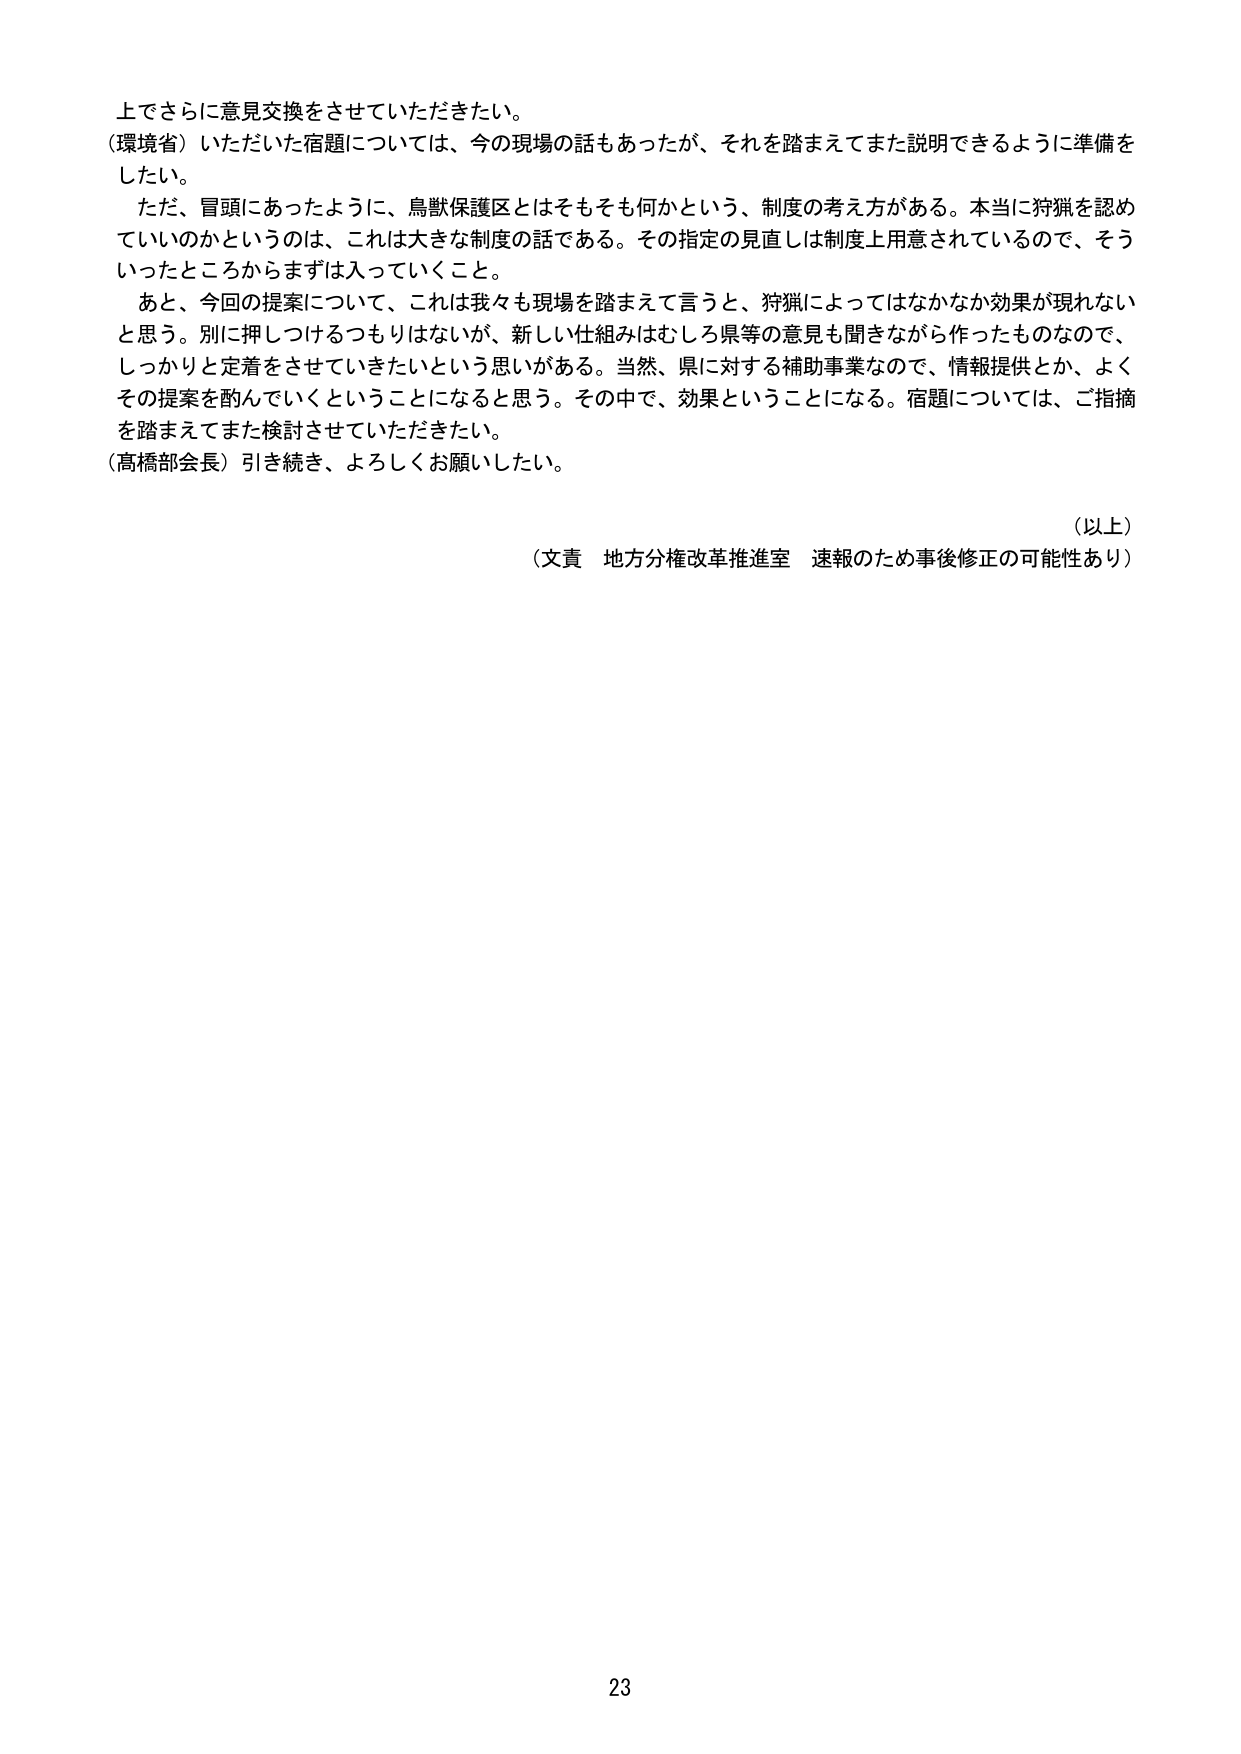
上でさらに意見交換をさせていただきたい。
（環境省）いただいた宿題については、今の現場の話もあったが、それを踏まえてまた説明できるように準備を
したい。
　ただ、冒頭にあったように、鳥獣保護区とはそもそも何かという、制度の考え方がある。本当に狩猟を認め
ていいのかというのは、これは大きな制度の話である。その指定の見直しは制度上用意されているので、そう
いったところからまずは入っていくこと。
　あと、今回の提案について、これは我々も現場を踏まえて言うと、狩猟によってはなかなか効果が現れない
と思う。別に押しつけるつもりはないが、新しい仕組みはむしろ県等の意見も聞きながら作ったものなので、
しっかりと定着をさせていきたいという思いがある。当然、県に対する補助事業なので、情報提供とか、よく
その提案を酌んでいくということになると思う。その中で、効果ということになる。宿題については、ご指摘
を踏まえてまた検討させていただきたい。
（高橋部会長）引き続き、よろしくお願いしたい。

（以上）
（文責　地方分権改革推進室　速報のため事後修正の可能性あり）

23